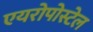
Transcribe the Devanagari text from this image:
एयरोपोस्टेल